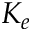
K _ { e }